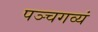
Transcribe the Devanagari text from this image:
पञ्चगव्यं